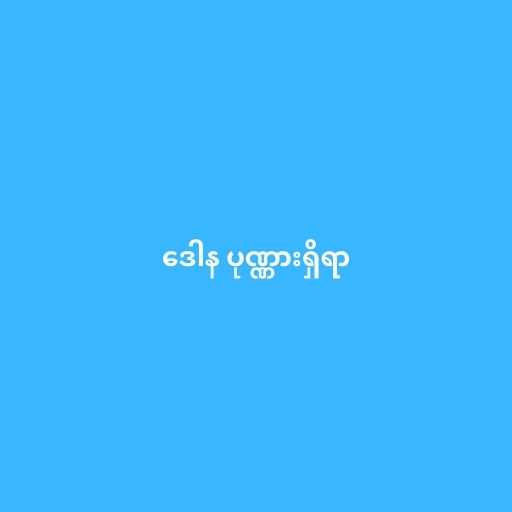
ဒေါန ပုဏ္ဏားရှိရာ